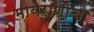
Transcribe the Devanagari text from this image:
मायराणीचा